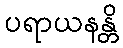
ပရာယနန္တိ